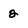
Character: 2